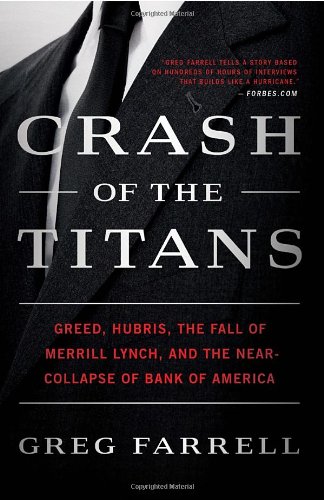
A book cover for Crash of the Titans: Greed, Hubris, the Fall of Merrill Lynch, and the Near-Collapse of Bank of America; Greg Farrell; Business & Money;